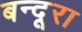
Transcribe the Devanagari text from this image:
बन्दूरा